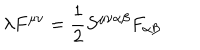
\lambda F ^ { \mu \nu } = \frac { 1 } { 2 } S ^ { \mu \nu \alpha \beta } F _ { \alpha \beta }